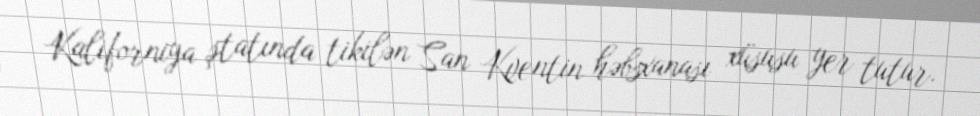
Kaliforniya ştatında tikilən San Kventin həbsxanası xüsusu yer tutur.